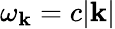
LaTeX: \omega_{\mathbf{k}}=c|\mathbf{k}|